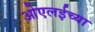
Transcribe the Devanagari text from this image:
ओएलईच्या